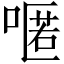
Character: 𠽋